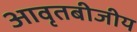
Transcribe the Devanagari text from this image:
आवृतबीजीय